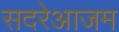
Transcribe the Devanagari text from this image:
सदरेआजम